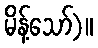
မိန့်သော်)။